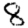
Digit: 8